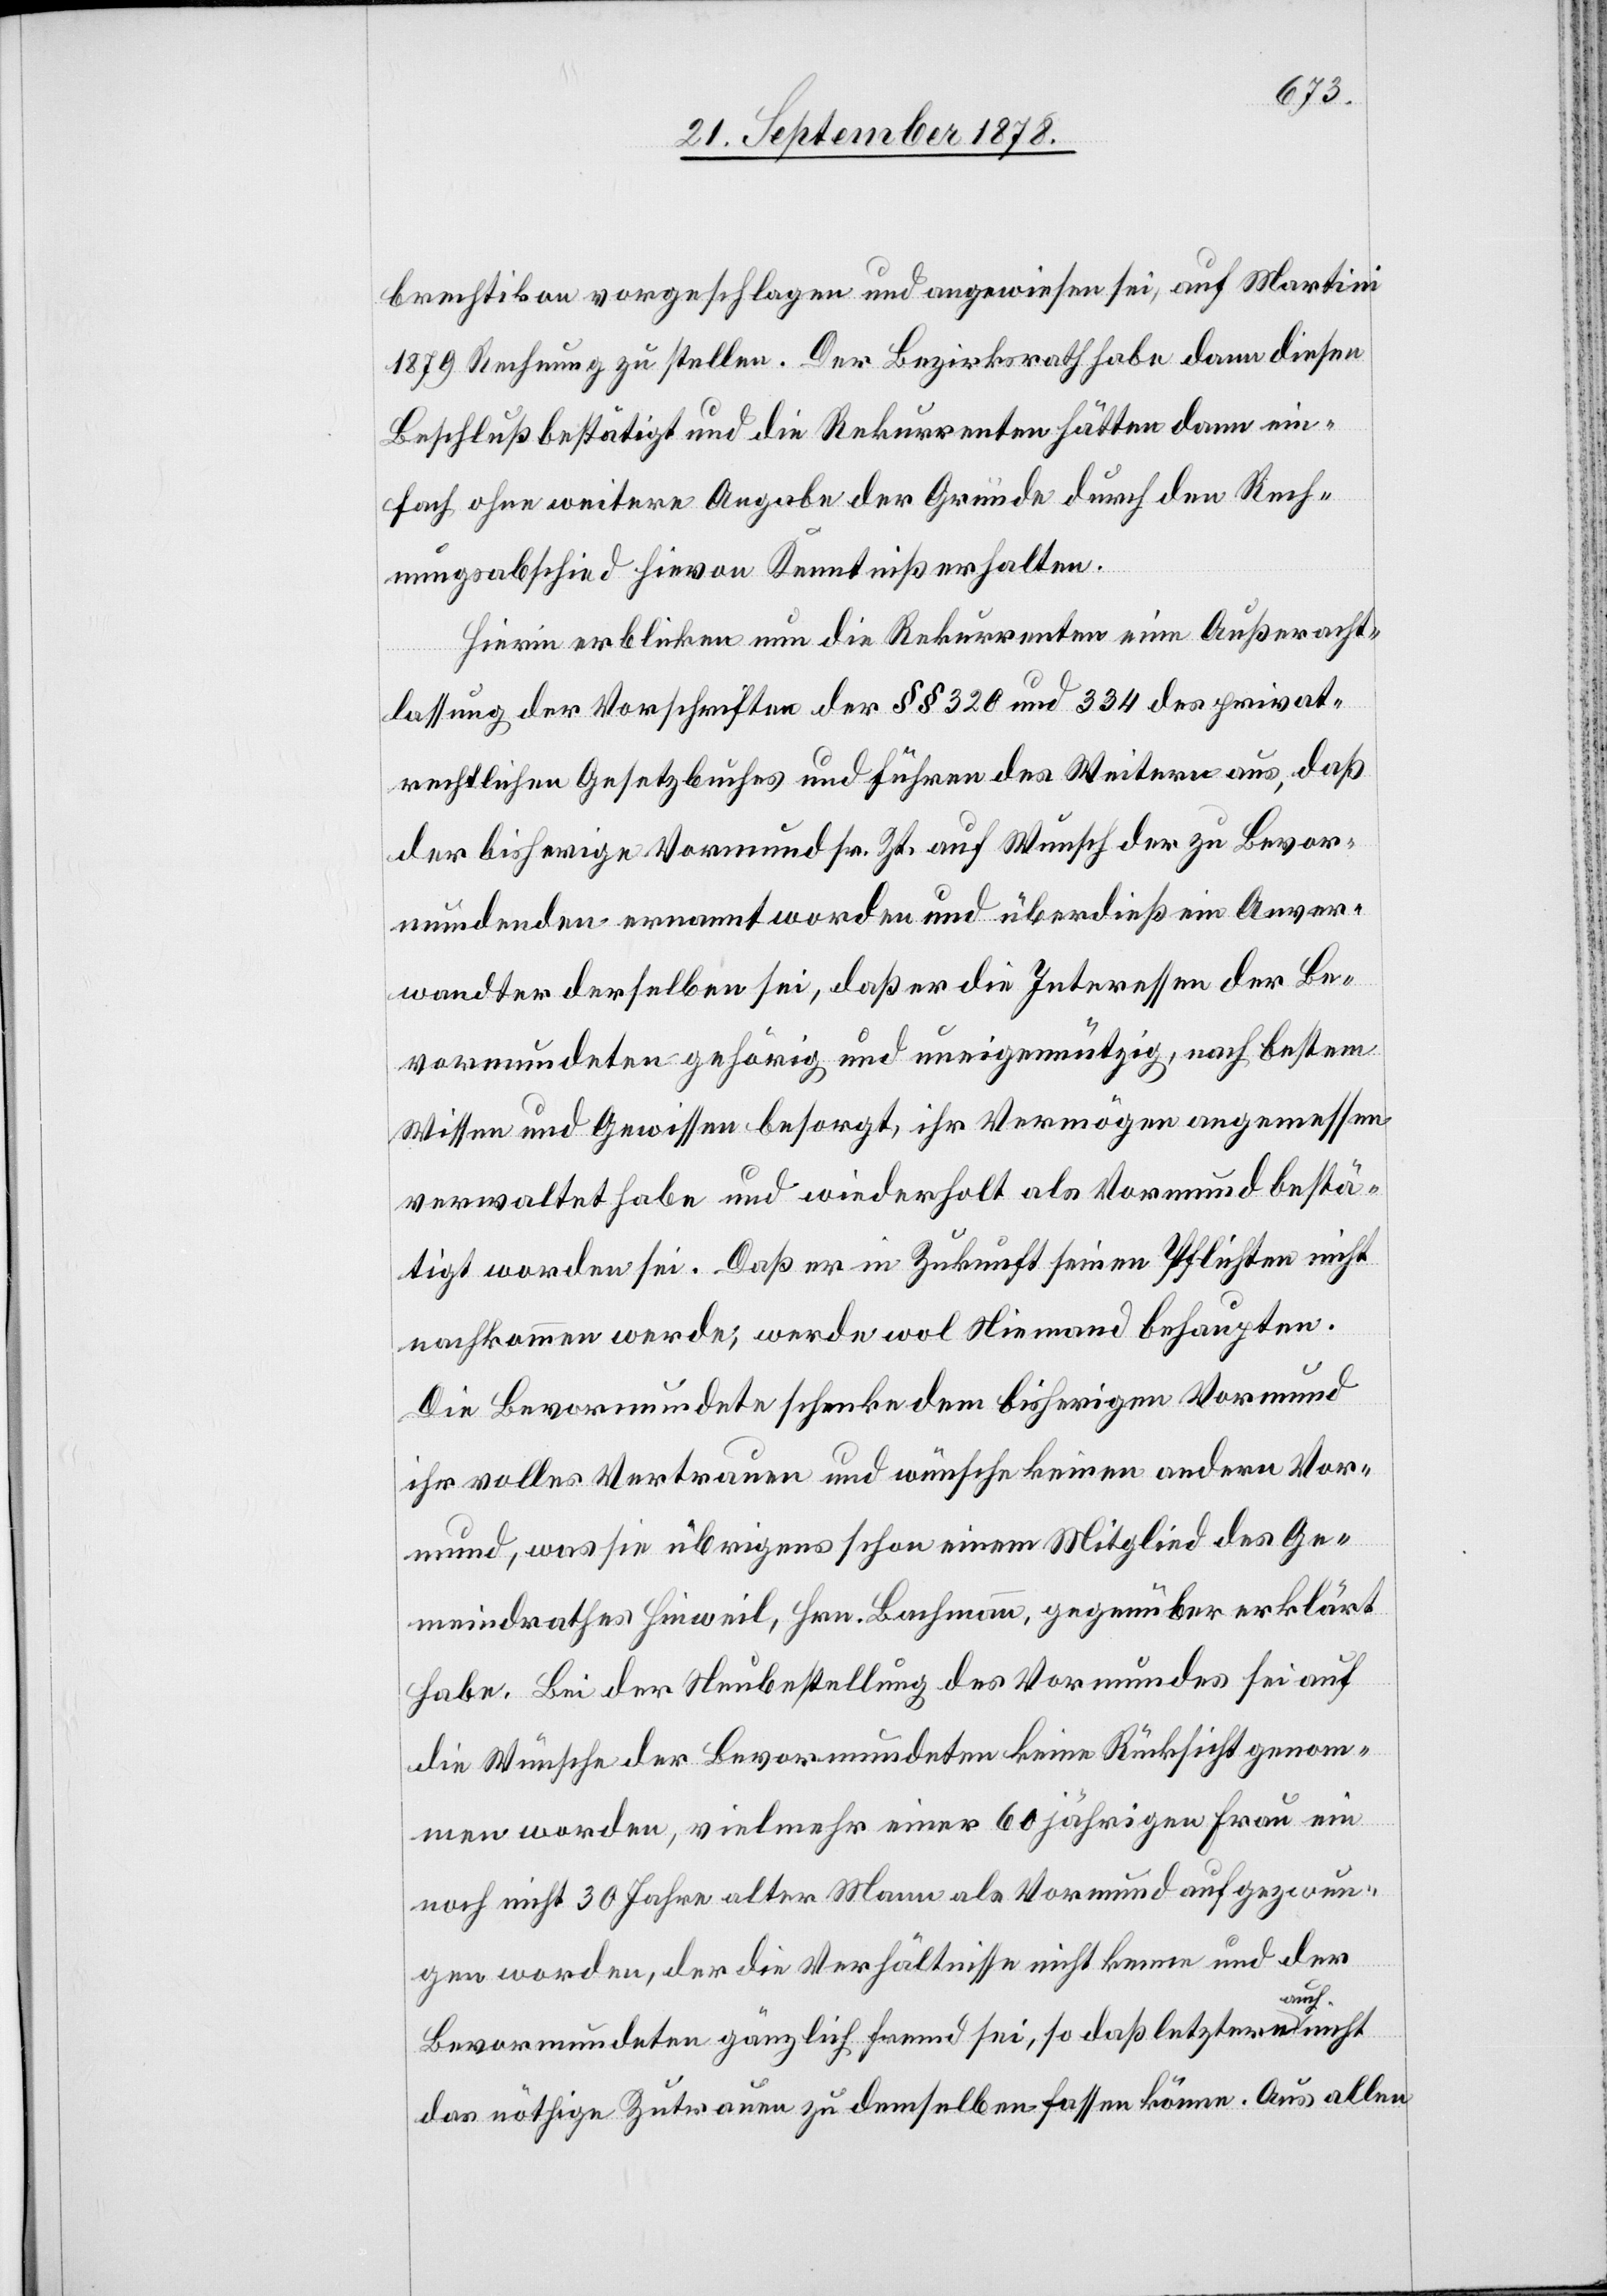
brechtikon vorgeschlagen und angewiesen sei, auf Martini
1879 Rechnung zu stellen. Der Bezirksrath habe dann diesen
Beschluß bestätigt und die Rekurrenten hätten dann ein¬
fach ohne weitere Angabe der Gründe durch den Rech¬
nungsabschied hievon Kenntniß erhalten.
Hierin erblicken nun die Rekurrenten eine Außeracht¬
lassung der Vorschriften der §§ 320 und 334 des privat¬
rechtlichen Gesetzbuches und führen des Weiteren aus, daß
der bisherige Vormund sr. Zt. auf Wunsch der zu Bevor¬
mundenden ernannt worden und überdieß ein Anver¬
wandter derselben sei, daß er die Interessen der Be¬
vormundeten gehörig und uneigennützig, nach bestem
Wissen und Gewissen besorgt, ihr Vermögen angemessen
verwaltet habe und wiederholt als Vormund bestä¬
tigt worden sei. Daß er in Zukunft seinen Pflichten nicht
nachkommen werde, werde wol Niemand behaupten.
Die Bevormundete schenke dem bisherigen Vormund
ihr volles Vertrauen und wünsche keinen andern Vor¬
mund, was sie übrigens schon einem Mitglied des Ge¬
meindrathes Hinweil, Hrn. Bachmann, gegenüber erklärt
habe. Bei der Neubestellung des Vormundes sei auf
die Wünsche der Bevormundeten keine Rücksicht genom¬
men worden, vielmehr einer 60 jährigen Frau ein
noch nicht 30 Jahre alter Mann als Vormund aufgezwun¬
gen worden, der die Verhältnisse nicht kenne und der
Bevormundeten gänzlich fremd sei, so daß letztere auch
das nöthige Zutrauen zu demselben fassen könne. Aus allen